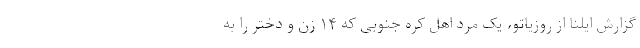
گزارش ایلنا از روزیاتو، یک مرد اهل کره جنوبی که ۱۴ زن و دختر را به